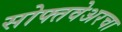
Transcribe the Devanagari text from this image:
सोफ्तवेअरचा